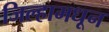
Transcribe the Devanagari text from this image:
जिल्हामधून